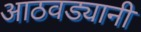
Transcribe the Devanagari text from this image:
आठवड्यानी